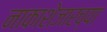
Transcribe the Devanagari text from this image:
नाकाशेजारच्या